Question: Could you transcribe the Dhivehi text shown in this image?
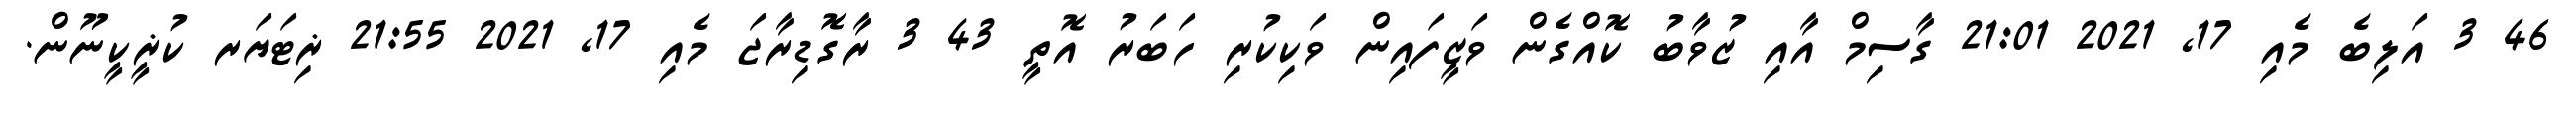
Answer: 46 3 އަލިބެ މެއި 17, 2021 21:01 ގާސިމް އާއި ޒުވާބު ކޮއްގެން ވަޒީފައިން ވަކިކުރި ހަބަރު އޮތީ 43 3 ރާގޮޑިރާޖަ މެއި 17, 2021 21:55 ޜިޓަޔަރ ކުޜީކީނޫން.